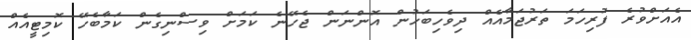
އެއަށްވުރެ ފުރިހަމަ ތަރުޖަމާއެއް ދިވެހިބަހުން އޮންނަން ޖެހޭނެ ކަމަށް ވިސްނިގެން ކަމާބެހޭ ކޮމިޓީއެއް